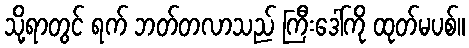
သို့ရာတွင် ရက် ဘတ်တလာသည် ကြီးဒေါ်ကို ထုတ်မပစ်။